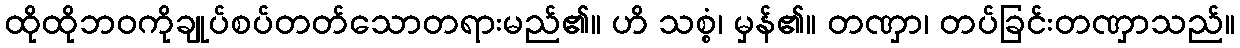
ထိုထိုဘဝကိုချုပ်စပ်တတ်သောတရားမည်၏။ ဟိ သစ္စံ၊ မှန်၏။ တဏှာ၊ တပ်ခြင်းတဏှာသည်။